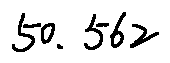
5 0 . 5 6 2